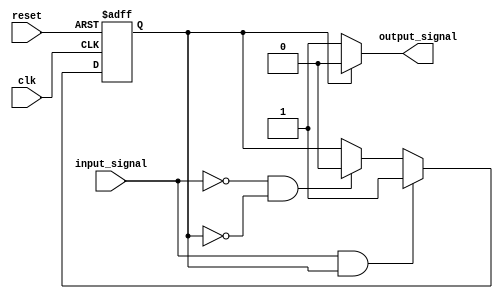
module schmitt_trigger(
    input wire clk,
    input wire reset,
    input wire input_signal,
    output reg output_signal
);

reg state;

parameter THRESHOLD_HIGH = 1'b1;
parameter THRESHOLD_LOW = 1'b0;

always @ (posedge clk or posedge reset) begin
    if (reset) begin
        state <= THRESHOLD_HIGH;
    end else begin
        if (input_signal && state == THRESHOLD_HIGH) begin
            state <= THRESHOLD_HIGH;
        end else if (!input_signal && state == THRESHOLD_LOW) begin
            state <= THRESHOLD_LOW;
        end else begin
            state <= state;
        end
    end
end

always @ (*) begin
    if (state == THRESHOLD_HIGH) begin
        output_signal = 1'b0;
    end else begin
        output_signal = 1'b1;
    end
end

endmodule